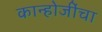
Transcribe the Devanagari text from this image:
कान्होजींचा